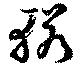
轔